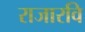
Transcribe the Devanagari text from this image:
राजारवि